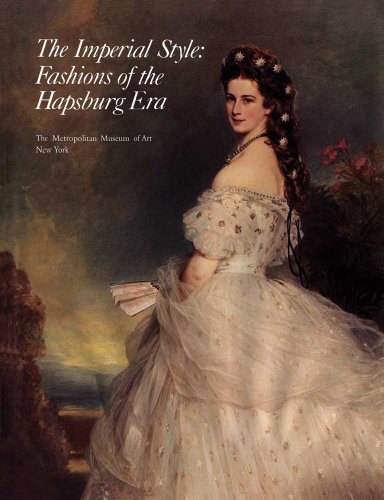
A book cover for The Imperial Style: Fashions of the Hapsburg Era; Arts & Photography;